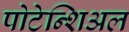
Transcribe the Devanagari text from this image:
पोटेन्शिअल